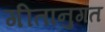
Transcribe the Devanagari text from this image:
गीतानुगत